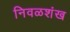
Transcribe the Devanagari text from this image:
निवळशंख